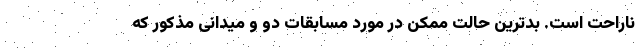
ناراحت است. بدترین حالت ممکن در مورد مسابقات دو و میدانی مذکور که